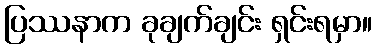
ပြဿနာက ခုချက်ချင်း ရှင်းရမှာ။